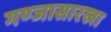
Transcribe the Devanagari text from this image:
गण्जासारखा